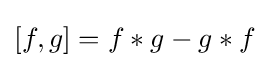
[f,g]=f*g-g*f